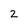
Character: 2